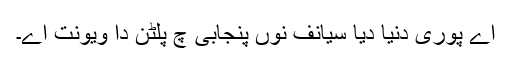
اے پوری دنیا دیا سیانف نوں پنجابی چ پلٹن دا ویونت اے۔